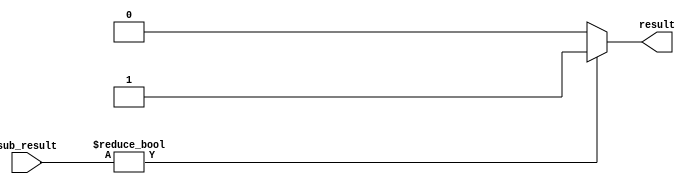
module a_isnotequal_b(sub_result,result);
   input [31:0] sub_result;
   output result;
	
   assign result = sub_result? 1'b1:1'b0;
	
endmodule